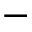
-